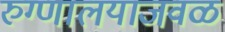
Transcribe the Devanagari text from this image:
रुग्णालयाजवळ